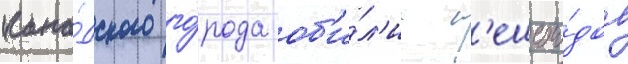
кана́дского го́рода об'и́л'ие п'ешехо́дов